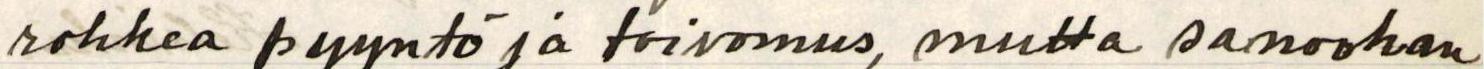
rohkea pyyntö ja toivomus, mutta sanoohan